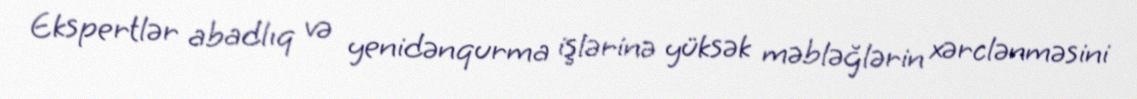
Ekspertlər abadlıq və yenidənqurma işlərinə yüksək məbləğlərin xərclənməsini